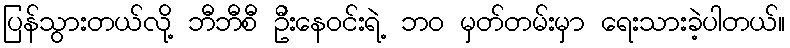
ပြန်သွားတယ်လို့ ဘီဘီစီ ဦးနေဝင်းရဲ့ ဘဝ မှတ်တမ်းမှာ ရေးသားခဲ့ပါတယ်။